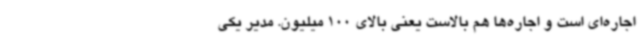
اجاره‌ای است و اجاره‌ها هم بالاست یعنی بالای 100 میلیون. مدیر یکی